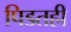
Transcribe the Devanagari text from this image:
पिडतही